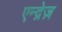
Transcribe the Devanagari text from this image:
एन्द्रेज़